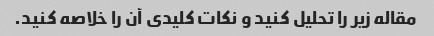
مقاله زیر را تحلیل کنید و نکات کلیدی آن را خلاصه کنید.